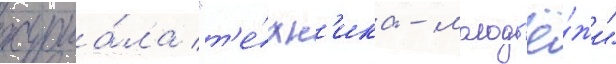
журна́ла "т'е́хн'ика - молод'ё́жи"